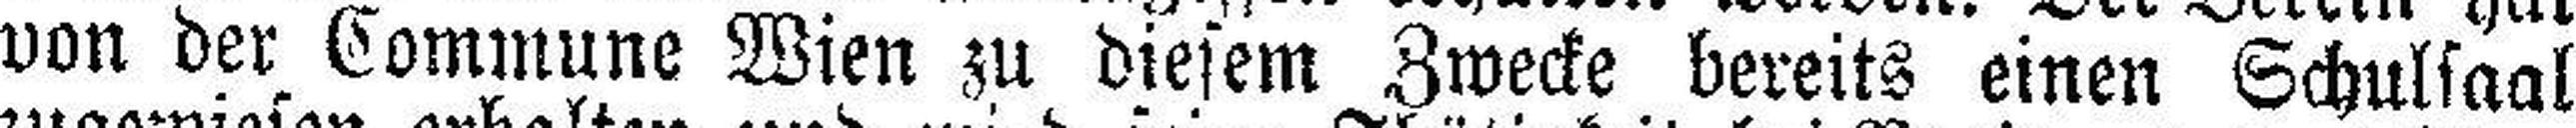
von der Commune Wien zu diesem Zwecke bereits einen Schulsaal